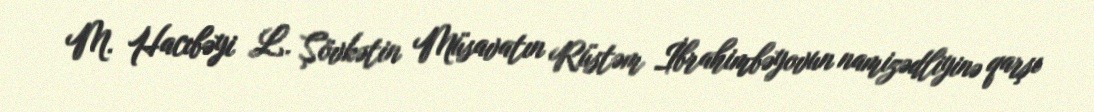
M. Hacıbəyi L. Şövkətin Müsavatın Rüstəm İbrahimbəyovun namizədliyinə qarşı